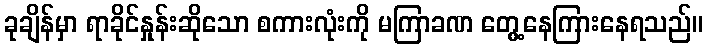
ခုချိန်မှာ ရာခိုင်နှုန်းဆိုသော စကားလုံးကို မကြာခဏ တွေ့နေကြားနေရသည်။